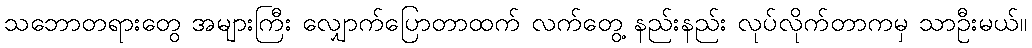
သဘောတရားတွေ အများကြီး လျှောက်ပြောတာထက် လက်တွေ့ နည်းနည်း လုပ်လိုက်တာကမှ သာဦးမယ်။